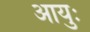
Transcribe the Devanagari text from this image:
आयुः